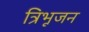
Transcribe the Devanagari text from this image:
त्रिभूजन